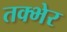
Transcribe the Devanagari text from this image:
तक्भेर